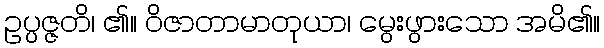
ဥပ္ပဇ္ဇတိ၊ ၏။ ဝိဇာတာမာတုယာ၊ မွေးဖွားသော အမိ၏။